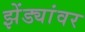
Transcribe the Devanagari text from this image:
झेंड्यांवर